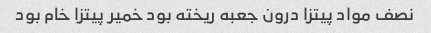
نصف مواد پیتزا درون جعبه ریخته بود خمیر پیتزا خام بود